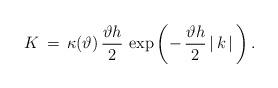
LaTeX: \begin{align*} K\,=\,\kappa(\vartheta)\,\frac{\vartheta h}{2}\,\exp\left(-\,\frac{\vartheta h}{2}\,|\,k\,|\,\right).\end{align*}